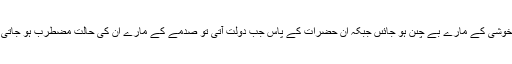
ہمارے پاس پىسے آ جائىں تو خوشى کے مارے بے چىن ہو جائىں جبکہ ان حضرات کے پاس جب دولت آتى تو صَدمے کے مارے ان کى حالت مُضطَرِب ہو جاتى کہ ىہ دولت کہاں سے آٹپکی؟